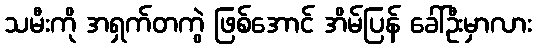
သမီးကို အရှက်တကွဲ ဖြစ်အောင် အိမ်ပြန် ခေါ်ဦးမှာလား